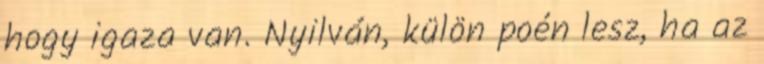
hogy igaza van. Nyilván, külön poén lesz, ha az